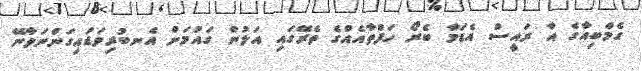
ގެމްބިއާގެ އާ ރައީސް އެޑަމާ ބެރޯ ހަފްތާއެއްގެ ތެރޭގައި އަލުން ގައުމަށް އެނބުރިވަޑައިގަންނަވާނޭ